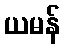
ယမန်